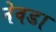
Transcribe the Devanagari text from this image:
नेवडा